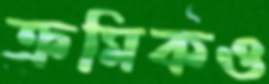
ক্রমিকও